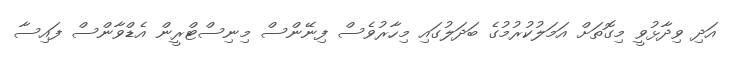
އަދި ވިދާޅުވީ މިގޮތަށް އަމަލުކުރުމުގެ ބަދަލުގައި މިހާރުވެސް ފިނޭންސް މިނިސްޓްރީން އެޑްވާންސް ފައިސާ